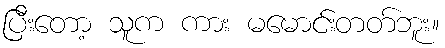
ပြီးတော့ သူက ကား မမောင်းတတ်ဘူး။